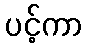
ပင့်ကာ